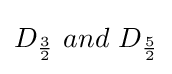
D_{\frac {3}{2}}\ and\ D_{\frac {5}{2}}